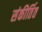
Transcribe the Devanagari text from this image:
संकीर्तित